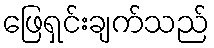
ဖြေရှင်းချက်သည်